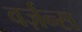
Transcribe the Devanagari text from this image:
वर्ज़न्स